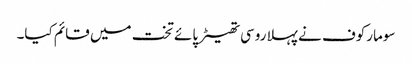
سومارکوف نے پہلا روسی تھیٹر پائے تخت میں قائم کیا۔